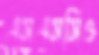
এসএসসিও